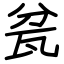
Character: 瓫